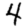
Digit: 4